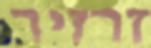
זרזיר